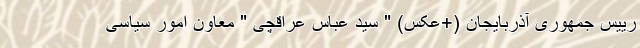
رییس جمهوری آذربایجان (+عکس) " سید عباس عراقچی " معاون امور سیاسی